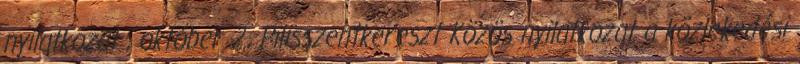
nyilatkozat , október 2., Pilisszentkereszt Közös nyilatkozat a közlekedési